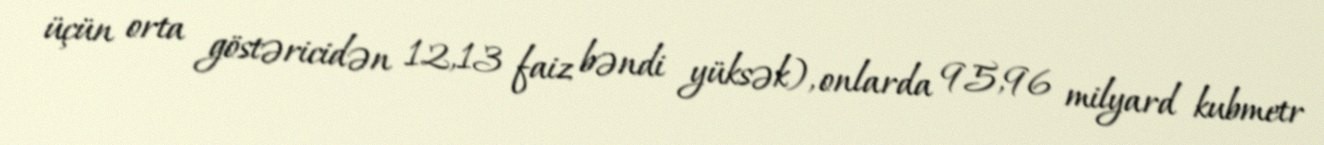
üçün orta göstəricidən 12,13 faiz bəndi yüksək), onlarda 95,96 milyard kubmetr